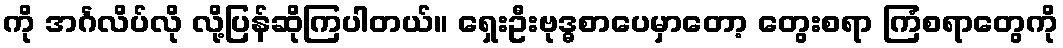
ကို အင်္ဂလိပ်လို လို့ပြန်ဆိုကြပါတယ်။ ရှေးဦးဗုဒ္ဓစာပေမှာတော့ တွေးစရာ ကြံစရာတွေကို